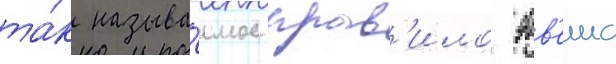
та́к называ́емое прав'ило этв'еша